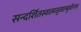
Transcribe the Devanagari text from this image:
सन्दर्शितस्वात्मसुखाम्बुधीनाम्